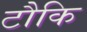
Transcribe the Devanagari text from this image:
टौकि